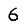
Digit: 6